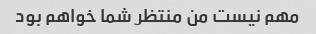
مهم نیست من منتظر شما خواهم بود